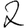
Digit: 2